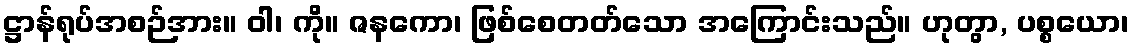
ဋ္ဌာန်ရုပ်အစဉ်အား။ ဝါ၊ ကို။ ဇနကော၊ ဖြစ်စေတတ်သော အကြောင်းသည်။ ဟုတွာ, ပစ္စယော၊